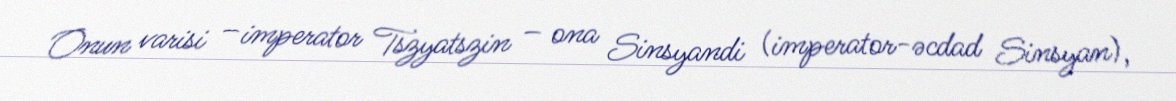
Onun varisi – imperator Tszyatszin – ona Sinsyandi (imperator-əcdad Sinsyan),